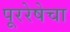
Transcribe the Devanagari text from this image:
पूररेषेचा